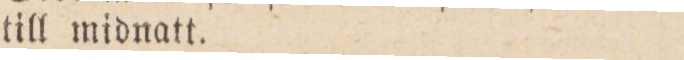
till midnatt.